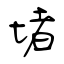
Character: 堵